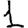
Digit: 1